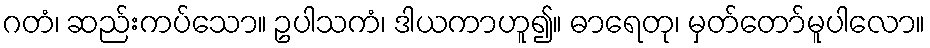
ဂတံ၊ ဆည်းကပ်သော။ ဥပါသကံ၊ ဒါယကာဟူ၍။ ဓာရေတု၊ မှတ်တော်မူပါလော။